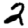
Digit: 2